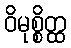
ဝိမုစ္စိတ္ထ